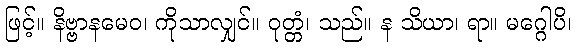
ဖြင့်။ နိဗ္ဗာနမေဝ၊ ကိုသာလျှင်။ ဝုတ္တံ၊ သည်။ န သိယာ၊ ရာ။ မဂ္ဂေါပိ၊